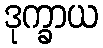
ဒုက္ခာယ